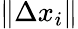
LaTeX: \| \Delta x_{i}\|